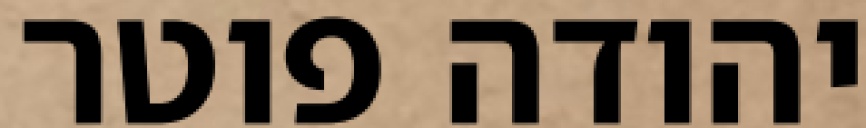
יהודה פוטר